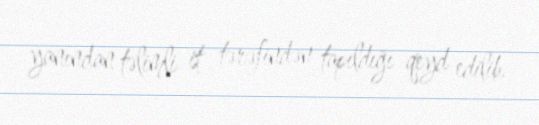
yanından təlimli it tərəfindən tapıldığı qeyd edilib.